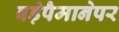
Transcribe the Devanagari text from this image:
बड़ेपैमानेपर